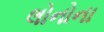
લોનોના